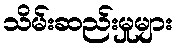
သိမ်းဆည်းမှုများ